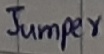
Text: Jumper